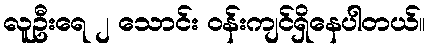
လူဦးရေ ၂ သောင်း ဝန်းကျင်ရှိနေပါတယ်။